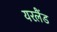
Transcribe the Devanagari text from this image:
यरलैंड